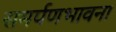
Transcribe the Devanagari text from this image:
समर्पणभावना